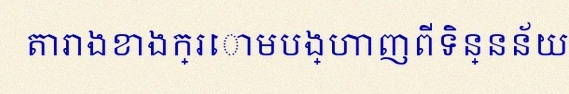
តារាងខាងក្រោមបង្ហាញពីទិន្នន័យ